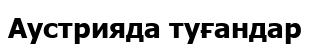
Аустрияда туғандар